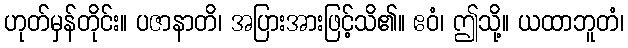
ဟုတ်မှန်တိုင်း။ ပဇာနာတိ၊ အပြားအားဖြင့်သိ၏။ ဧဝံ၊ ဤသို့။ ယထာဘူတံ၊